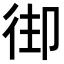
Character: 𢓦